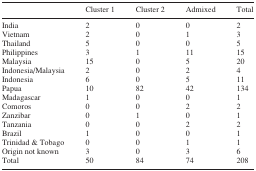
<table><thead><tr><td></td><td><b>Cluster 1</b></td><td><b>Cluster 2</b></td><td><b>Admixed</b></td><td><b>Total</b></td></tr></thead><tbody><tr><td>India</td><td>2</td><td>0</td><td>0</td><td>2</td></tr><tr><td>Vietnam</td><td>2</td><td>0</td><td>1</td><td>3</td></tr><tr><td>Thailand</td><td>5</td><td>0</td><td>0</td><td>5</td></tr><tr><td>Philippines</td><td>3</td><td>1</td><td>11</td><td>15</td></tr><tr><td>Malaysia</td><td>15</td><td>0</td><td>5</td><td>20</td></tr><tr><td>Indonesia/Malaysia</td><td>2</td><td>0</td><td>2</td><td>4</td></tr><tr><td>Indonesia</td><td>6</td><td>0</td><td>5</td><td>11</td></tr><tr><td>Papua</td><td>10</td><td>82</td><td>42</td><td>134</td></tr><tr><td>Madagascar</td><td>1</td><td>0</td><td>0</td><td>1</td></tr><tr><td>Comoros</td><td>0</td><td>0</td><td>2</td><td>2</td></tr><tr><td>Zanzibar</td><td>0</td><td>1</td><td>0</td><td>1</td></tr><tr><td>Tanzania</td><td>0</td><td>0</td><td>2</td><td>2</td></tr><tr><td>Brazil</td><td>1</td><td>0</td><td>0</td><td>1</td></tr><tr><td>Trinidad &amp; Tobago</td><td>0</td><td>0</td><td>1</td><td>1</td></tr><tr><td>Origin not known</td><td>3</td><td>0</td><td>3</td><td>6</td></tr><tr><td>Total</td><td>50</td><td>84</td><td>74</td><td>208</td></tr></tbody></table>